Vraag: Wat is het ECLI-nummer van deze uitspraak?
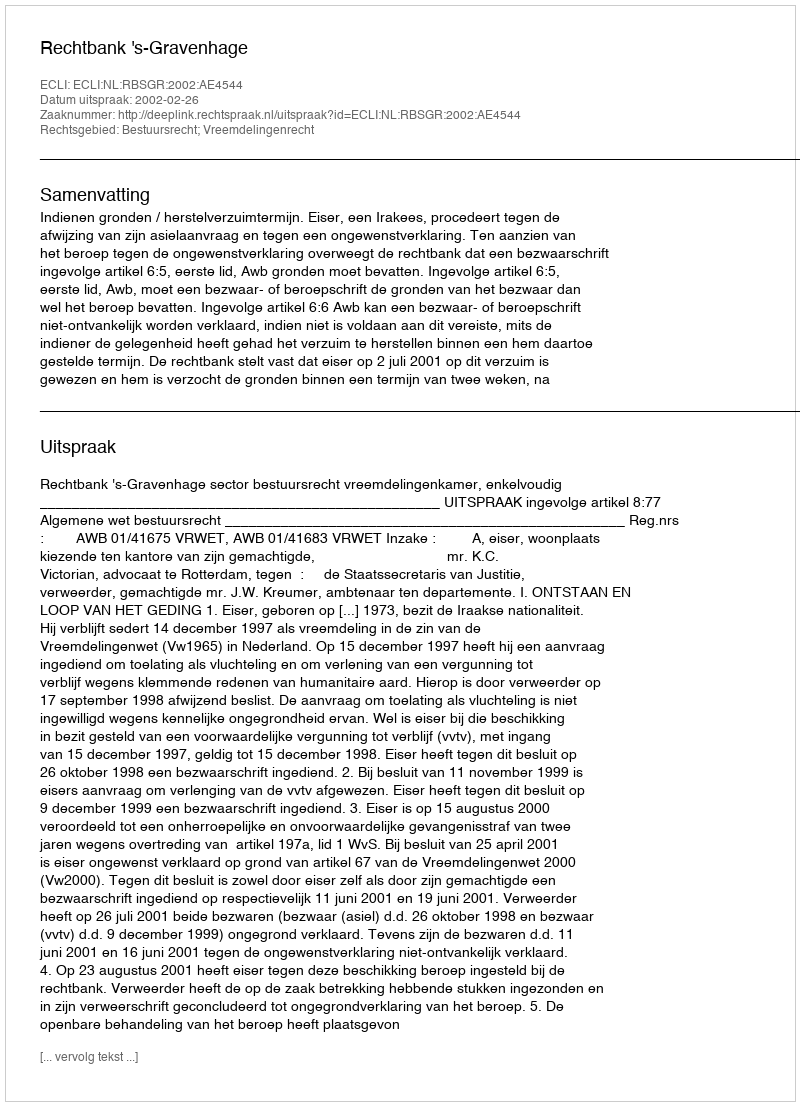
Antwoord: ECLI:NL:RBSGR:2002:AE4544